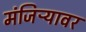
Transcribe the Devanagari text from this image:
मंजिऱ्यावर